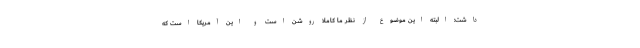
داشت: البته این موضوع از نظر ما کاملا روشن است و این آمریکا است که